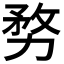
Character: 𭄶